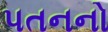
પતનનો